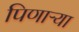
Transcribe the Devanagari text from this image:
पिणाऱ्या